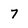
Character: 7